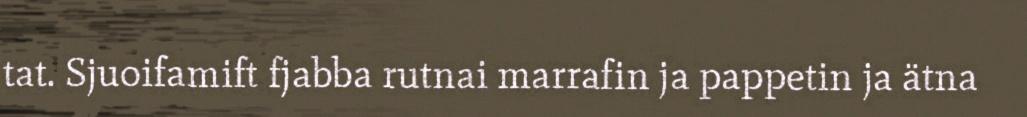
tat. Sjuoifamift fjabba rutnai marrafin ja pappetin ja ätna